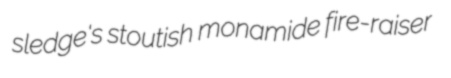
sledge's stoutish monamide fire-raiser